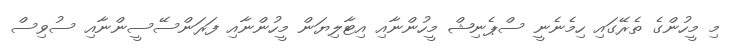
މި މީހުންގެ ތެރޭގައި ހިމެނެނީ ސްޕެނިޝް މީހުންނާއި އިޓާލިޔަން މީހުންނާއި ފަރަންސޭސީންނާއި ސުވިސް